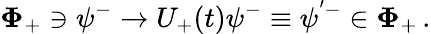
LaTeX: {\mathbf\Phi}_{+}\ni\psi^{-}\to U_{+}(t)\psi^{-}\equiv\psi^{'-}\in{\mathbf\Phi}_{+}\, .